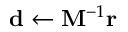
\mathbf { d } \leftarrow \mathbf { M } ^ { - 1 } \mathbf { r }